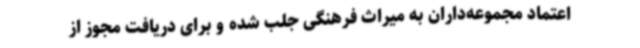
اعتماد مجموعه‌داران به میراث فرهنگی جلب شده و برای دریافت مجوز از